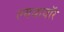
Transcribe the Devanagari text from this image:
ल्यवायॉर